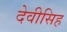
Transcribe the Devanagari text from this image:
देवीसिह